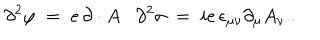
\partial ^ { 2 } \varphi \; = \; e \, \partial \cdot A \partial ^ { 2 } \sigma \; = \; i e \, \epsilon _ { \mu \nu } \partial _ { \mu } A _ { \nu } \; .